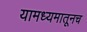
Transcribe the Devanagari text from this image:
यामध्यमातूनच